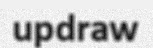
updraw